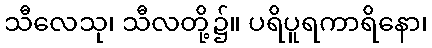
သီလေသု၊ သီလတို့၌။ ပရိပူရကာရိနော၊